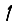
Digit: 1